Annual report on the Civil Veterinary Department, Burma (including the Insein Veterinary School) - 1910-1922
Year: 1910
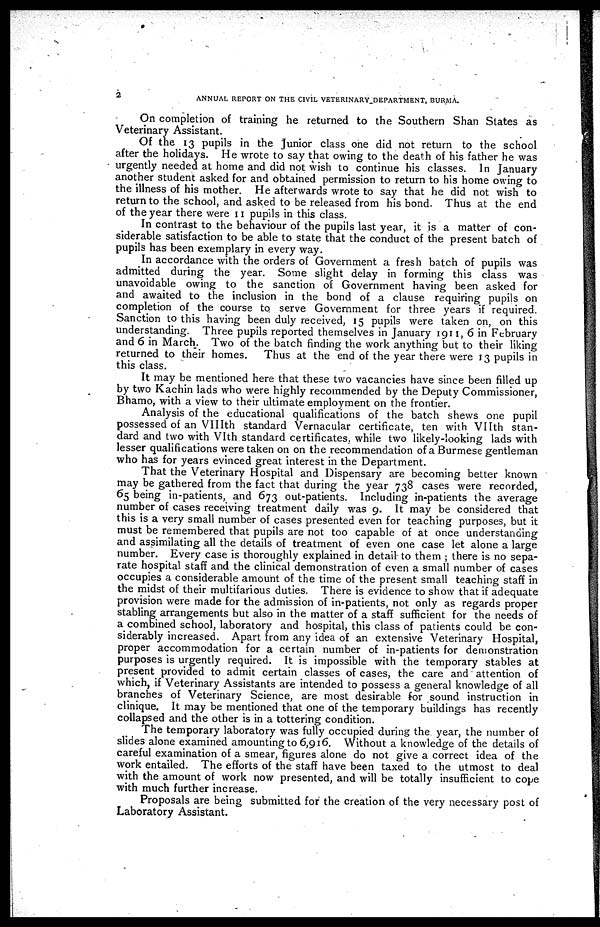
2
ANNUAL REPORT ON THE CIVIL VETERINARY DEPARTMENT, BURMA.
On completion of training he returned to the Southern Shan States as
Veterinary Assistant.
Of the 13 pupils in the junior class one did not return to the school
after the holidays. He wrote to say that owing to the death of his father he was
urgently needed at home and did not wish to continue his classes. In January
another student asked for and obtained permission to return to his home owing to
the illness of his mother. He afterwards wrote to say that he did not wish to
return to the school, and asked to be released from his bond. Thus at the end
of the year there were 11 pupils in this class.
In contrast to the behaviour of the pupils last year, it is a matter of con-
siderable satisfaction to be able to state that the conduct of the present batch of
pupils has been exemplary in every way.
In accordance with the orders of Government a fresh batch of pupils was
admitted during the year. Some slight delay in forming this class was
unavoidable owing to the sanction of Government having been asked for
and awaited to the inclusion in the bond of a clause requiring pupils on
completion of the course to serve Government for three years if required.
Sanction to this having been duly received, 15 pupils were taken on, on this
understanding. Three pupils reported themselves in January 191 1, 6 in February
and 6 in March. Two of the batch finding the work anything but to their liking
returned to their homes.
Thus at the end of the year there were 13 pupils in
this class.
It may be mentioned here that these two vacancies have since been filled up
by two Kachin lads who were highly recommended by the Deputy Commissioner,
Bhamo, with a view to their ultimate employment on the frontier.
Analysis of the educational qualifications of the batch shews one pupil
possessed of an VIIIth standard Vernacular certificate, ten with Vllth stan-
dard and two with VIth standard certificates, while two likely-looking lads with
lesser qualifications were taken on on the recommendation of a Burmese gentleman
who has for years evinced great interest in the Department.
That the Veterinary Hospital and Dispensary are becoming better known
may be gathered from the fact that during the year 738 cases were recorded,
65 being in-patients, and 673 out-patients. Including in-patients the average
number of cases receiving treatment daily was 9. It may be considered that
this is a very small number of cases presented even for teaching purposes, but it
must be remembered that pupils are not too capable of at once understanding
and assimilating all the details of treatment of even one case let alone a large
number. Every case is thoroughly explained in detail to them ; there is no sepa-
rate hospital staff and the clinical demonstration of even a small number of cases
occupies a considerable amount of the time of the present small teaching staff in
the midst of their multifarious duties. There is evidence to show that if adequate
provision were made for the admission of in-patients, not only as regards proper
stabling arrangements but also in the matter of a staff sufficient for the needs of
a combined school, laboratory and hospital, this class of patients could be con-
siderably increased. Apart from any idea of an extensive Veterinary Hospital,
proper accommodation for a certain number of in-patients for demonstration
purposes is urgently required. It is impossible with the temporary stables at
present provided to admit certain classes of cases, the care and attention of
which, if Veterinary Assistants are intended to possess a general knowledge of all
branches of Veterinary Science, are most desirable for sound instruction in
clinique. It may be mentioned that one of the temporary buildings has recently
collapsed and the other is in a tottering condition.
The temporary laboratory was fully occupied during the year, the number of
slides alone examined amounting to 6,916. Without a knowledge of the details of
careful examination of a smear, figures alone do not give a correct idea of the
work entailed. The efforts of the staff have been taxed to the utmost to deal
with the amount of work now presented, and will be totally insufficient to cope
with much further increase.
Proposals are being submitted for the creation of the very necessary post of
Laboratory Assistant.